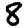
Digit: 8